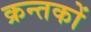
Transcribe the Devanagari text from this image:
क्रन्तकों